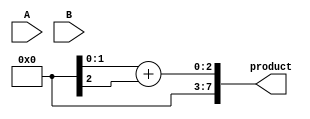
module WallaceTreeMultiplier #(parameter n = 4) (
    input [n-1:0] A,
    input [n-1:0] B,
    output [2*n-1:0] product
);
    // Partial Products Generation
    wire [n-1:0] pp [n-1:0]; // Partial products
    genvar i, j;
    generate
        for (i = 0; i < n; i = i + 1) begin: pp_gen
            for (j = 0; j < n; j = j + 1) begin: pp_row
                assign pp[i][j] = A[j] & B[i];
            end
        end
    endgenerate
    
    // Wallace Tree Reduction
    wire [n-1:0] sum [n:0]; // Sums after each stage
    wire [n:0] carry [n:0]; // Carries after each stage

    // First Stage
    generate
        for (i = 0; i < n; i = i + 1) begin: stage1
            if (i < n-1) begin
                // Half adders for the first two bits
                if (i % 2 == 0) begin
                    assign {carry[0][i/2], sum[0][i/2]} = pp[i][0] + pp[i][1];
                end else begin
                    assign {carry[0][i/2], sum[0][i/2]} = pp[i][0] + pp[i][1];
                end
            end
        end
    endgenerate

    // Subsequent Stages
    generate
        for (i = 1; i < n; i = i + 1) begin: reduction_stages
            for (j = 0; j < (n + 1) / (1 << i); j = j + 1) begin: stage
                if (j < (n + 1) / (1 << (i+1))) begin
                    assign {carry[i][j], sum[i][j]} = sum[i-1][2*j] + sum[i-1][2*j+1] + carry[i-1][j];
                end
            end
        end
    endgenerate

    // Final Addition
    wire [2*n-1:0] final_sum;
    assign final_sum = {carry[n-1][0], sum[n-1][0]} + {1'b0, sum[n-1][1]};

    // Output the final product
    assign product = final_sum;

endmodule